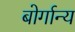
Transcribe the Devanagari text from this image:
बोर्गान्य